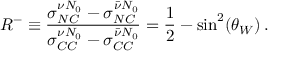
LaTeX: R ^ { - } \equiv \frac { \sigma _ { N C } ^ { \nu N _ { 0 } } - \sigma _ { N C } ^ { \bar { \nu } N _ { 0 } } } { \sigma _ { C C } ^ { \nu N _ { 0 } } - \sigma _ { C C } ^ { \bar { \nu } N _ { 0 } } } = \frac { 1 } { 2 } - \mathrm { s i n } ^ { 2 } ( \theta _ { W } ) \, .